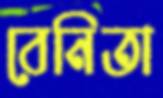
বেনিতা